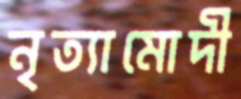
নৃত্যামোদী